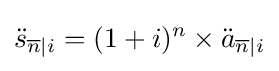
{\ddot {s}}_{{\overline {n}}|i}=(1+i)^{n}\times {\ddot {a}}_{{\overline {n}}|i}